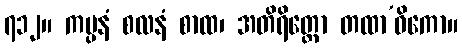
၇၁၂။ ကမ္ပနံ စလနံ စာထ၊ အတိရိတ္တော တထာ’ဓိကော။